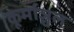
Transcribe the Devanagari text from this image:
कूर्माञ्चल